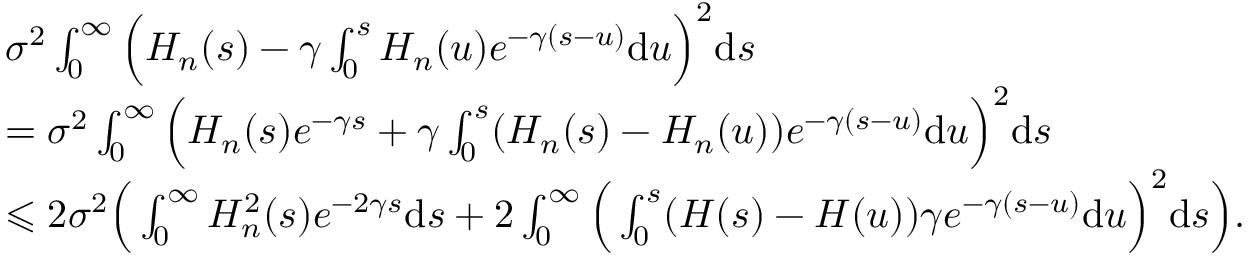
\begin{array} { r l } & { \sigma ^ { 2 } \int _ { 0 } ^ { \infty } \Big ( H _ { n } ( s ) - \gamma \int _ { 0 } ^ { s } H _ { n } ( u ) e ^ { - \gamma ( s - u ) } \mathrm { d } u \Big ) ^ { 2 } \mathrm { d } s } \\ { \quad } & { = \sigma ^ { 2 } \int _ { 0 } ^ { \infty } \Big ( H _ { n } ( s ) e ^ { - \gamma s } + \gamma \int _ { 0 } ^ { s } ( H _ { n } ( s ) - H _ { n } ( u ) ) e ^ { - \gamma ( s - u ) } \mathrm { d } u \Big ) ^ { 2 } \mathrm { d } s } \\ { \quad } & { \leqslant 2 \sigma ^ { 2 } \Big ( \int _ { 0 } ^ { \infty } H _ { n } ^ { 2 } ( s ) e ^ { - 2 \gamma s } \mathrm { d } s + 2 \int _ { 0 } ^ { \infty } \Big ( \int _ { 0 } ^ { s } ( H ( s ) - H ( u ) ) \gamma e ^ { - \gamma ( s - u ) } \mathrm { d } u \Big ) ^ { 2 } \mathrm { d } s \Big ) . } \end{array}